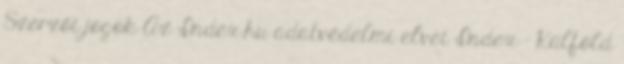
Szerzői jogok Az Index.hu adatvédelmi elvei Index - Külföld